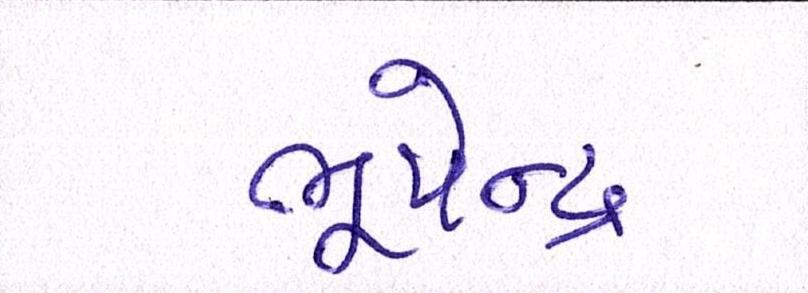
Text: ભૂપેન્દ્ર